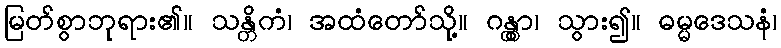
မြတ်စွာဘုရား၏။ သန္တိကံ၊ အထံတော်သို့။ ဂန္တွာ၊ သွား၍။ ဓမ္မဒေသနံ၊